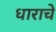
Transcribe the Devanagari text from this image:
धाराचे